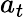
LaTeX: a_{t}